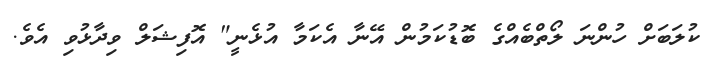
ކުލަބަށް ހުންނަ ލޯތްބެއްގެ ބޮޑުކަމުން އޭނާ އެކަމާ އުޅެނީ" އޮފިޝަލް ވިދާޅުވި އެވެ.